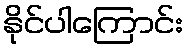
နိုင်ပါကြောင်း